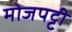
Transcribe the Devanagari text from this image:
मोजपट्टी